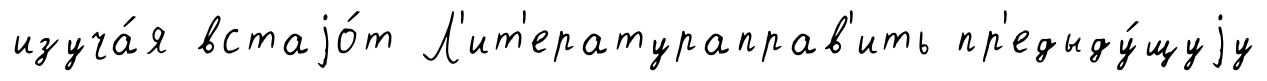
изуча́я встаjо́т Л'ит'ератураправ'ить пр'едыду́щуjу